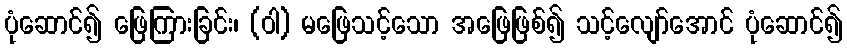
ပုံဆောင်၍ ဖြေကြားခြင်း၊ (ဝါ) မဖြေသင့်သော အဖြေဖြစ်၍ သင့်လျော်အောင် ပုံဆောင်၍